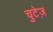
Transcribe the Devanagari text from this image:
चुटेज़